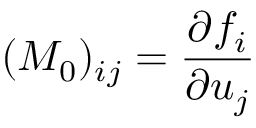
( M _ { 0 } ) _ { i j } = \frac { \partial f _ { i } } { \partial u _ { j } }